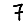
Digit: 7